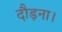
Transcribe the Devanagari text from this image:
दौड़ना।